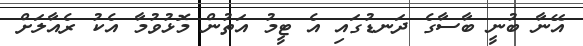
އޭނާ ބުނީ ބާސާގެ ދަނޑުގައި އެ ޓީމު އަތުން މޮޅުވުމާ އެކު ރެއާލަށް